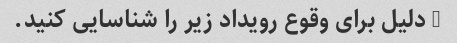
3 دلیل برای وقوع رویداد زیر را شناسایی کنید.